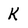
Character: K